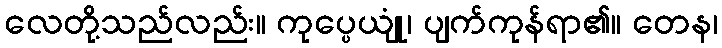
လေတို့သည်လည်း။ ကုပ္ပေယျုံ၊ ပျက်ကုန်ရာ၏။ တေန၊